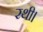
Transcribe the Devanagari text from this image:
रथी।